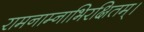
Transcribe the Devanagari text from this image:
रामनाम्नाभिरक्षितम्‌।